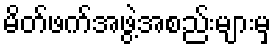
မိတ်ဖက်အဖွဲ့အစည်းများမှ